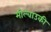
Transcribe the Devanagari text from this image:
मील्वाउकी